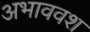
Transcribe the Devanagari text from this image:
अभाववश